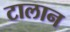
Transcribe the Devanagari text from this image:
टालान